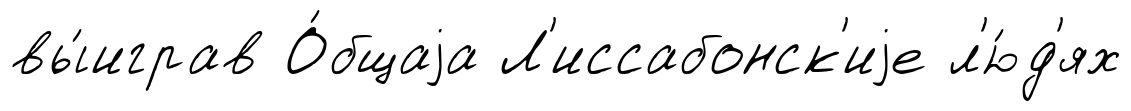
вы́играв О́бщаjа Л'иссабонск'иjе л'ю́д'ях